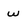
Character: w